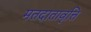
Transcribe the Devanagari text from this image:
मतदातावृत्ति